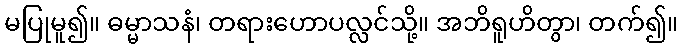
မပြုမူ၍။ ဓမ္မာသနံ၊ တရားဟောပလ္လင်သို့။ အဘိရူဟိတွာ၊ တက်၍။